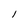
Character: l